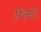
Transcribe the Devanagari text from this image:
ऐशस